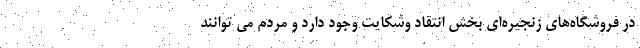
در فروشگاه‌های زنجیره‌ای بخش انتقاد وشکایت وجود دارد و مردم می توانند